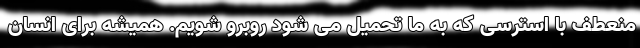
منعطف با استرسی که به ما تحمیل می شود روبرو شویم. همیشه برای انسان